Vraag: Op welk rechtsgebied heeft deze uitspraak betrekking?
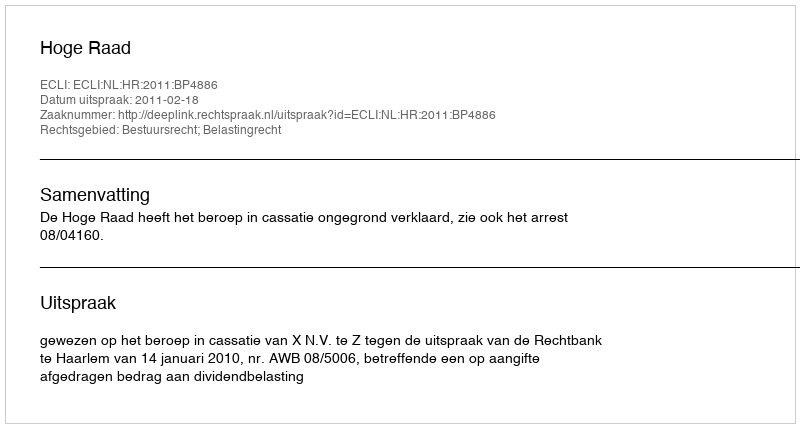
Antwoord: Bestuursrecht; Belastingrecht